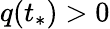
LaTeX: q(t_{*})>0